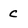
Character: C